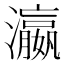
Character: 瀛